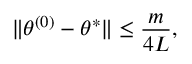
\lVert { \boldsymbol { \theta } } ^ { ( 0 ) } - { \boldsymbol { \theta } } ^ { * } \rVert \leq \frac { m } { 4 L } ,